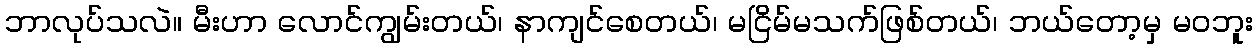
ဘာလုပ်သလဲ။ မီးဟာ လောင်ကျွမ်းတယ်၊ နာကျင်စေတယ်၊ မငြိမ်မသက်ဖြစ်တယ်၊ ဘယ်တော့မှ မဝဘူး